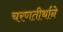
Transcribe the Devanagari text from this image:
चरणतीर्थाने